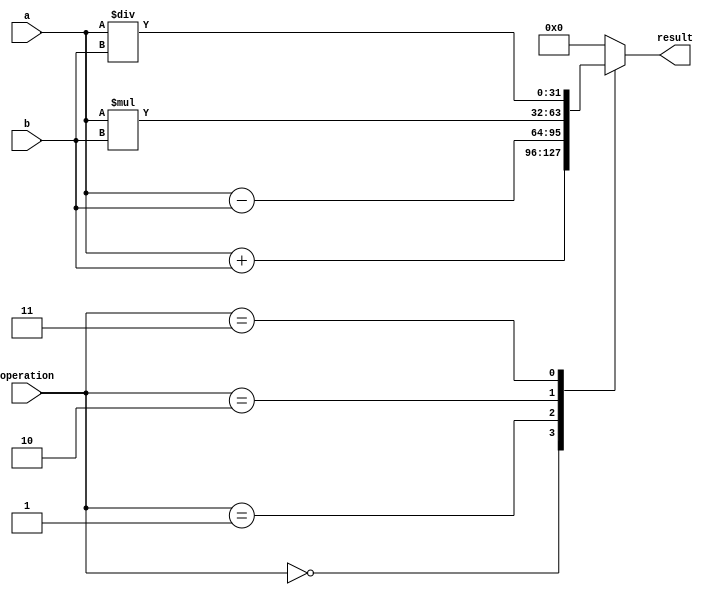
module ALU (
  input [31:0] a,
  input [31:0] b,
  input [2:0] operation,
  output reg [31:0] result
);

always @(*) begin
  case(operation)
    3'b000: result = a + b; // addition
    3'b001: result = a - b; // subtraction
    3'b010: result = a * b; // multiplication
    3'b011: result = a / b; // division
    default: result = 32'b0; // default case
  endcase
end

endmodule